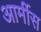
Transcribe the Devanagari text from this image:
आर्मीस